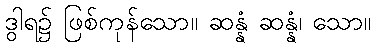
ဒွါရ၌ ဖြစ်ကုန်သော။ ဆန္နံ ဆန္နံ၊ သော။